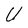
Character: U